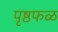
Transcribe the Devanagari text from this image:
पृष्ठफळ